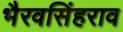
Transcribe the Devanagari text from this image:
भैरवसिंहराव